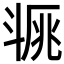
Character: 𣁿